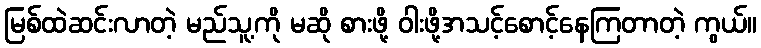
မြစ်ထဲဆင်းလာတဲ့ မည်သူ့ကို မဆို စားဖို့ ဝါးဖို့အသင့်စောင့်နေကြတာတဲ့ ကွယ်။